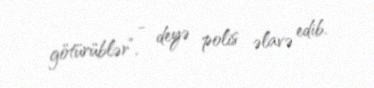
götürüblər”, - deyə polis əlavə edib.